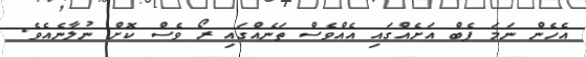
އެހެން ނަމަ ފެބް އަށެއްގައި އެއްވެސް ތަނެއްގައި ރޯ ވެސް ކޮށް ނުލާނެއެވެ.